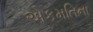
એકમતિના